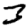
Digit: 3